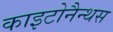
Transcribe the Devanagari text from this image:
काइटोनैन्थस